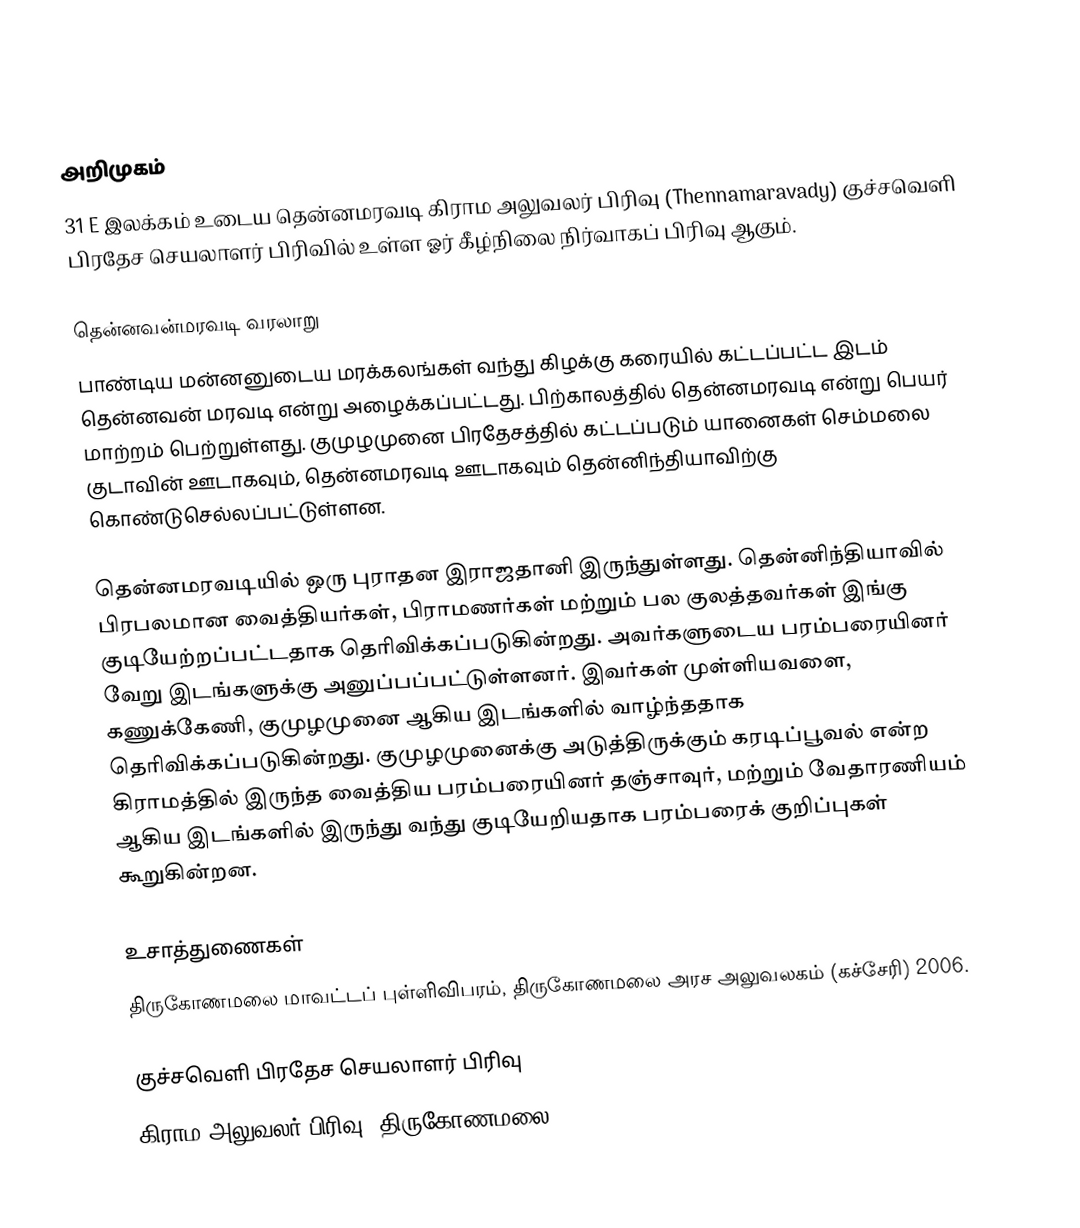

அறிமுகம்
31 E இலக்கம்  உடைய தென்னமரவடி கிராம அலுவலர் பிரிவு (Thennamaravady) குச்சவெளி பிரதேச செயலாளர் பிரிவில் உள்ள ஓர் கீழ்நிலை நிர்வாகப் பிரிவு ஆகும்.

தென்னவன்மரவடி வரலாறு
பாண்டிய மன்னனுடைய மரக்கலங்கள் வந்து கிழக்கு கரையில் கட்டப்பட்ட இடம் தென்னவன் மரவடி என்று அழைக்கப்பட்டது. பிற்காலத்தில் தென்னமரவடி என்று பெயர் மாற்றம் பெற்றுள்ளது. குமுழமுனை பிரதேசத்தில் கட்டப்படும் யானைகள் செம்மலை குடாவின் ஊடாகவும், தென்னமரவடி ஊடாகவும் தென்னிந்தியாவிற்கு கொண்டுசெல்லப்பட்டுள்ளன.

தென்னமரவடியில் ஒரு புராதன இராஜதானி இருந்துள்ளது. தென்னிந்தியாவில் பிரபலமான வைத்தியர்கள், பிராமணர்கள் மற்றும் பல குலத்தவர்கள் இங்கு குடியேற்றப்பட்டதாக தெரிவிக்கப்படுகின்றது. அவர்களுடைய பரம்பரையினர் வேறு இடங்களுக்கு அனுப்பப்பட்டுள்ளனர். இவர்கள் முள்ளியவளை, கணுக்கேணி, குமுழமுனை ஆகிய இடங்களில் வாழ்ந்ததாக தெரிவிக்கப்படுகின்றது. குமுழமுனைக்கு அடுத்திருக்கும் கரடிப்பூவல் என்ற கிராமத்தில் இருந்த வைத்திய பரம்பரையினர் தஞ்சாவுர், மற்றும் வேதாரணியம் ஆகிய இடங்களில் இருந்து வந்து குடியேறியதாக பரம்பரைக் குறிப்புகள் கூறுகின்றன.

உசாத்துணைகள்
திருகோணமலை மாவட்டப் புள்ளிவிபரம்,  திருகோணமலை அரச அலுவலகம் (கச்சேரி) 2006.

குச்சவெளி பிரதேச செயலாளர் பிரிவு
கிராம அலுவலர் பிரிவு (திருகோணமலை)